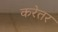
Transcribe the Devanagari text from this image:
करेतर